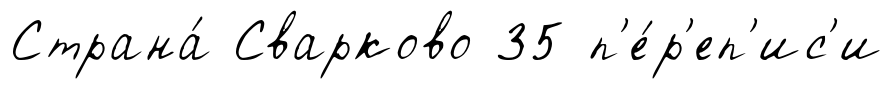
Страна́ Сварково 35 п'е́р'еп'ис'и